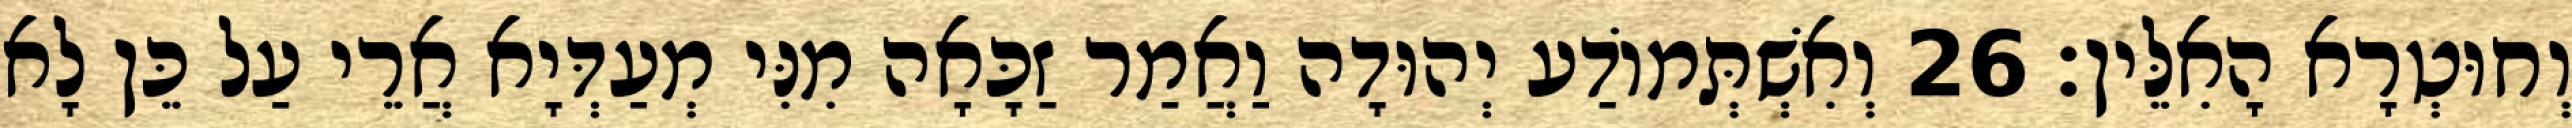
וְחוּטְרָא הָאִלֵּין׃ 26 וְאִשְׁתְּמוֹדַע יְהוּדָה וַאֲמַר זַכָּאָה מִנִּי מְעַדְּיָא אֲרֵי עַל כֵּן לָא